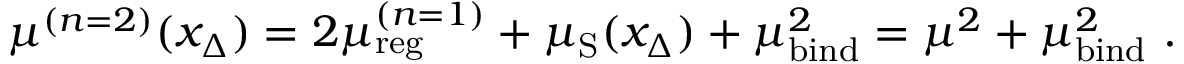
\mu ^ { ( n = 2 ) } ( x _ { \Delta } ) = 2 \mu _ { \mathrm { r e g } } ^ { ( n = 1 ) } + \mu _ { \mathrm { S } } ( x _ { \Delta } ) + \mu _ { \mathrm { b i n d } } ^ { 2 } = \mu ^ { 2 } + \mu _ { \mathrm { b i n d } } ^ { 2 } \ .